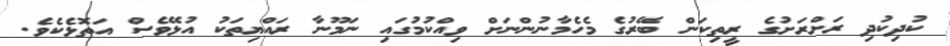
ކުދިކުދި ރަށްރަށުގެ ރީތިކަން ބޭރުގެ މެހެމާނުންނަށް ވިއްކުމުގައި ނަމޫނާ ރައްޔިތަކު އުޅޭވެސް އަތޮޅެކެވެ.